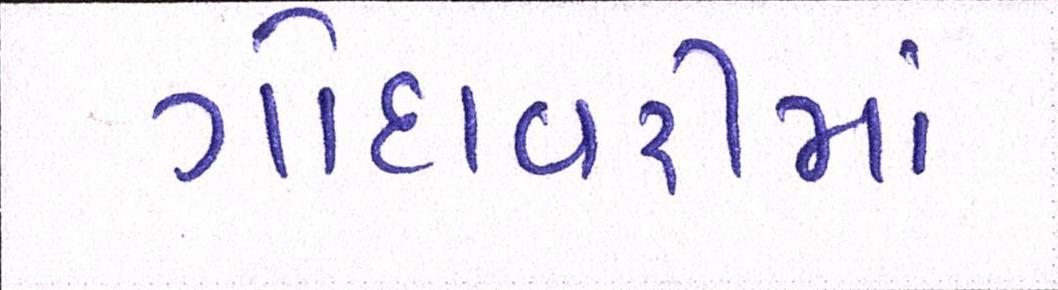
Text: ગોદાવરીમાં